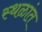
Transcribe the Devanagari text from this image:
स्थळांत